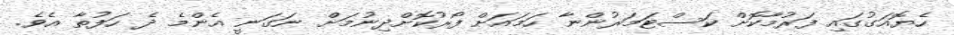
ހެޔޮއަގުގައި ފަރުމާކޮށް ކަސްޓަމަރުންނާ ހަމައަށް ފޯރުކޮށްދިނުމަށް ނަގަނީ އެންމެ ދެ ހަފުތާ އެވެ.